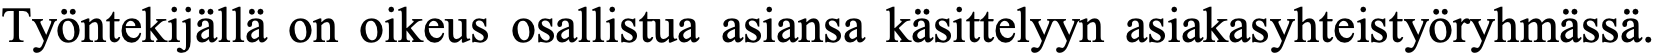
Työntekijällä on oikeus osallistua asiansa käsittelyyn asiakasyhteistyöryhmässä.